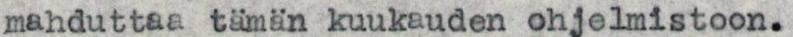
mahduttaa tämän kuukauden ohjelmistoon.